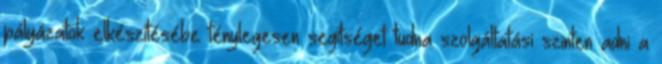
pályázatok elkészítésébe ténylegesen segítséget tudna szolgáltatási szinten adni a